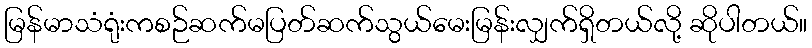
မြန်မာသံရုံးကစဉ်ဆက်မပြတ်ဆက်သွယ်မေးမြန်းလျှက်ရှိတယ်လို့ ဆိုပါတယ်။